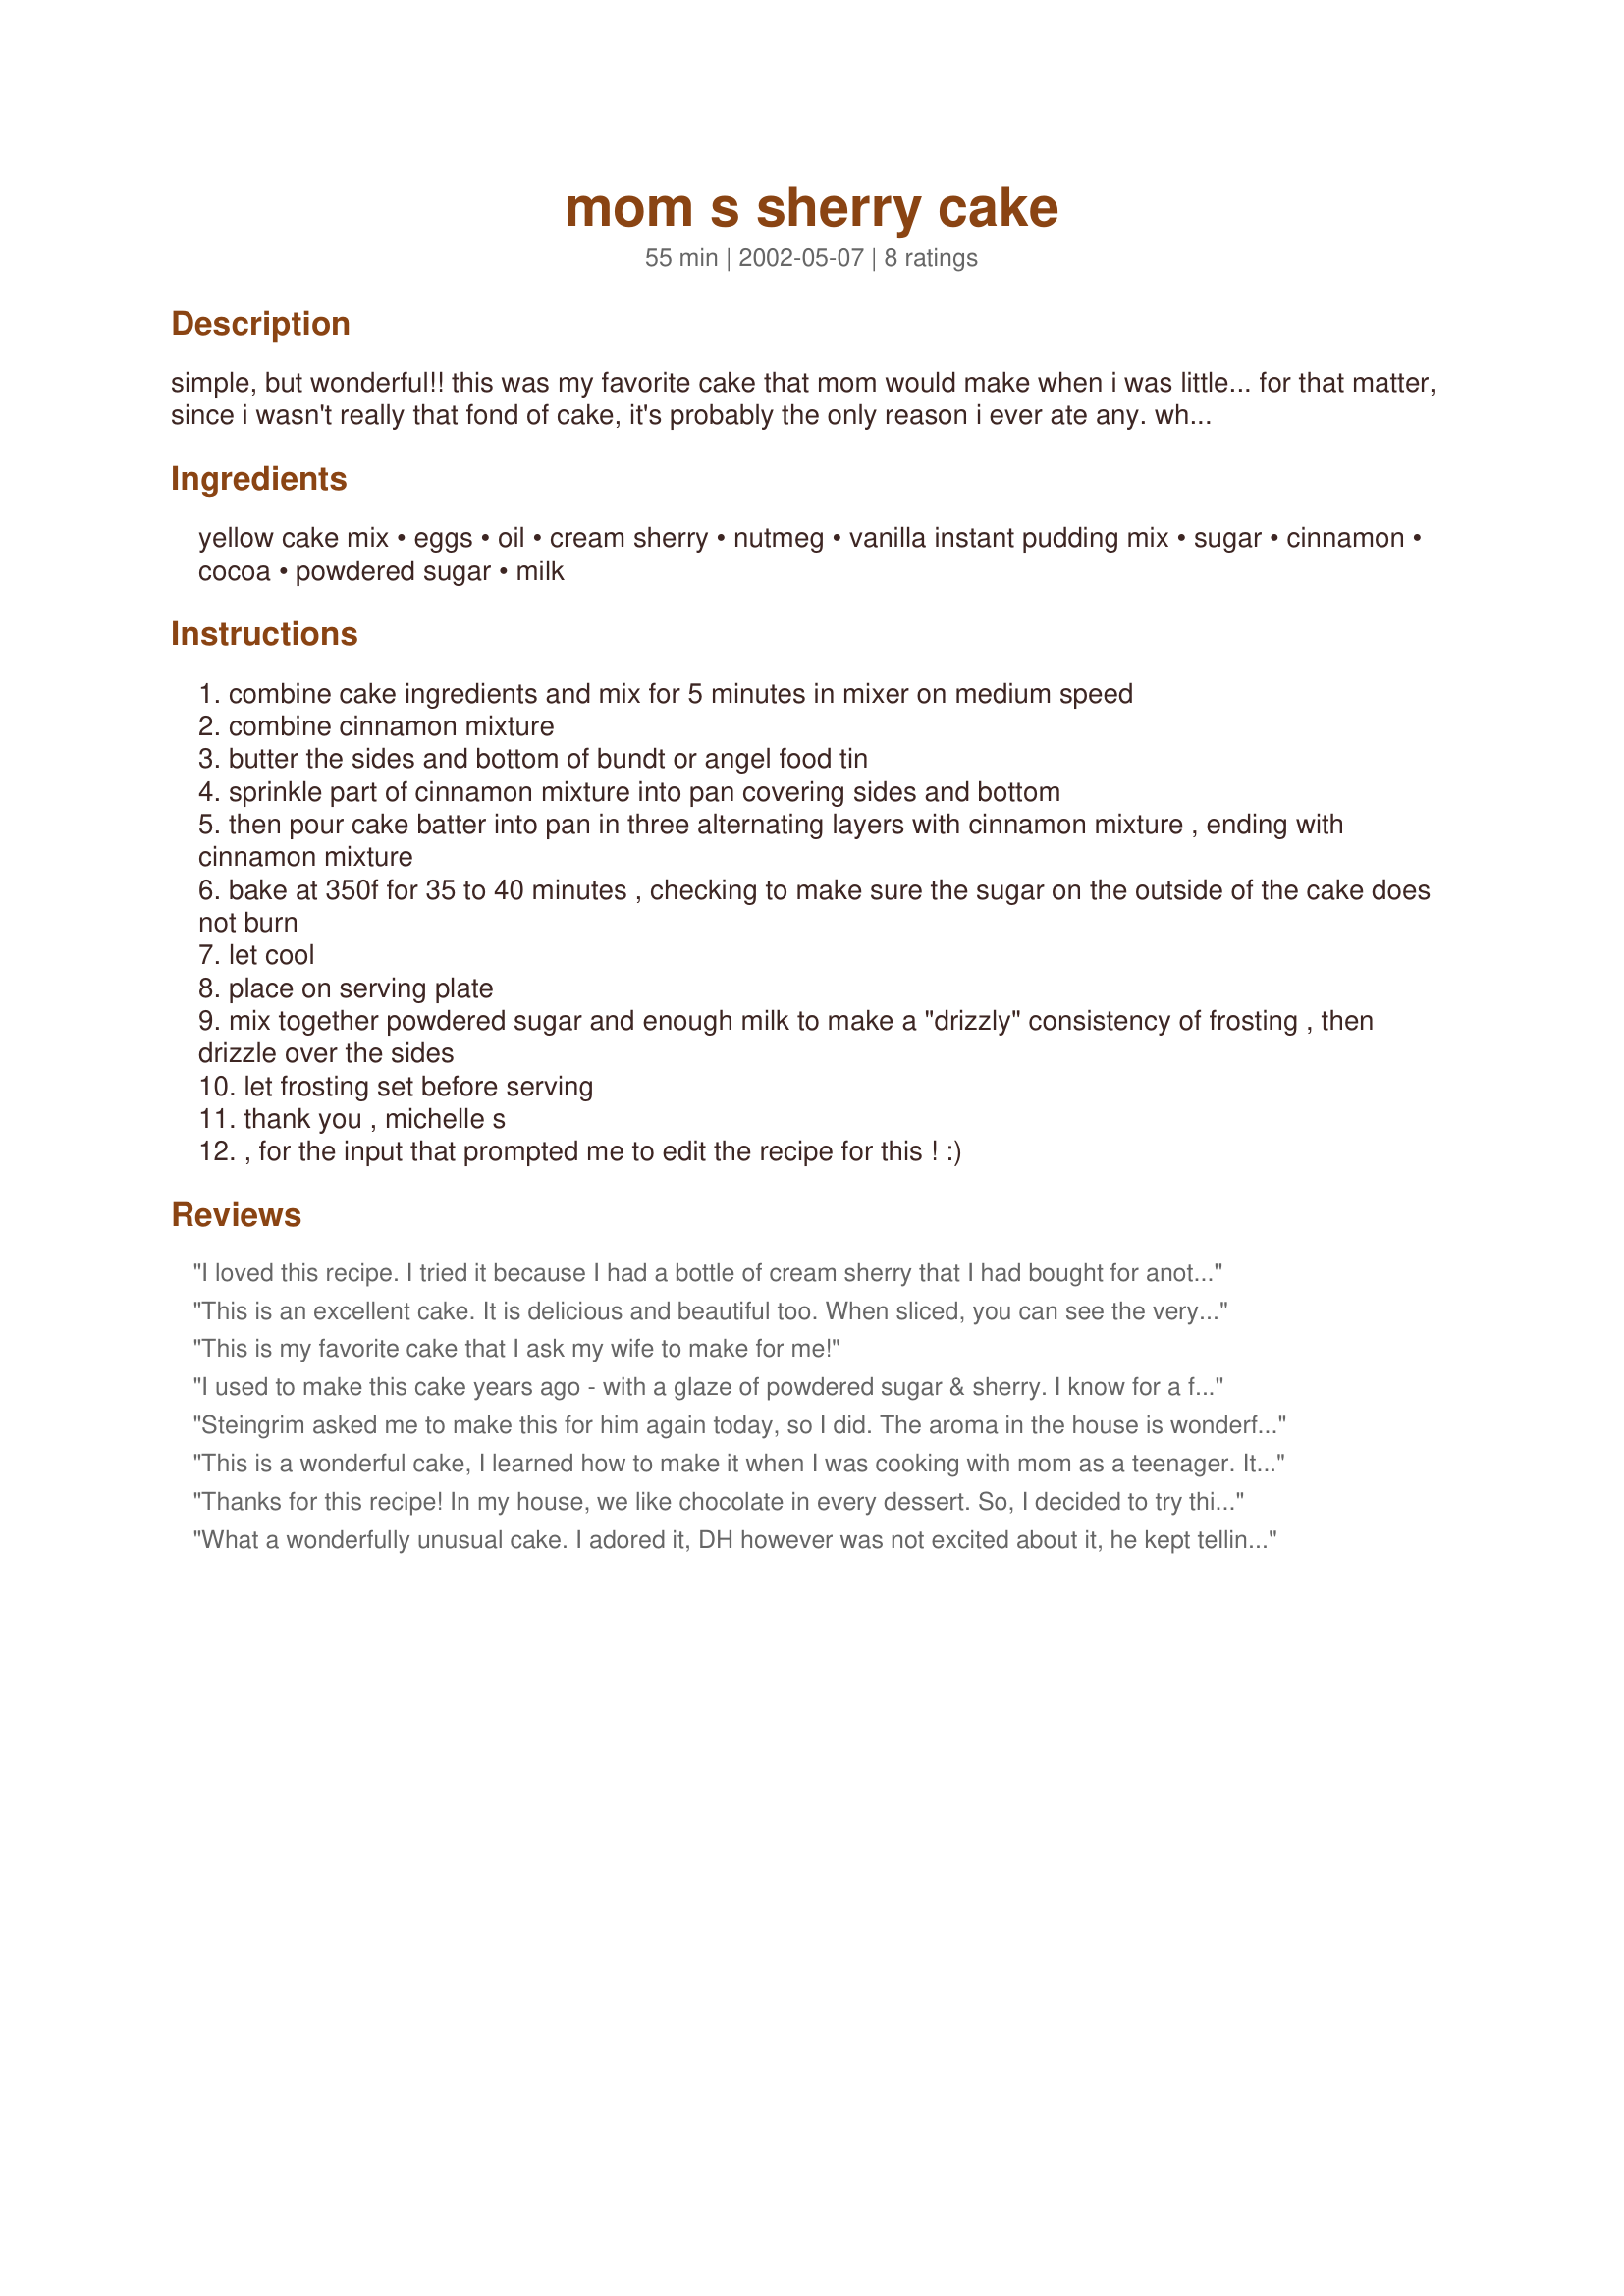
mom s sherry cake
Preparation time: 55 minutes

simple, but wonderful!! this was my favorite cake that mom would make when i was little... for that matter, since i wasn't really that fond of cake, it's probably the only reason i ever ate any. whenever i make this for gatherings, everybody asks for the recipe... and then begs me to make it for the next gathering, too. :)

Ingredients:
yellow cake mix, eggs, oil, cream sherry, nutmeg, vanilla instant pudding mix, sugar, cinnamon, cocoa, powdered sugar, milk

Steps:
combine cake ingredients and mix for 5 minutes in mixer on medium speed
combine cinnamon mixture
butter the sides and bottom of bundt or angel food tin
sprinkle part of cinnamon mixture into pan covering sides and bottom
then pour cake batter into pan in three alternating layers with cinnamon mixture , ending with cinnamon mixture
bake at 350f for 35 to 40 minutes , checking to make sure the sugar on the outside of the cake does not burn
let cool
place on serving plate
mix together powdered sugar and enough milk to make a "drizzly" consistency of frosting , then drizzle over the sides
let frosting set before serving
thank you , michelle s
, for the input that prompted me to edit the recipe for this ! :)

Reviews:
I loved this recipe. I tried it because I had a bottle of cream sherry that I had bought for another recipe. The only change I made was to leave out the cocoa powder after reading the other reviews about burning. I did have to cook it for about 15 to 20 minutes longer than the recipe called for (probably because of the silicon bundt pan I used, but without the cocoa, it did not burn at all, and we did not even miss the cocoa. Everyone raved about the cake.
This is an excellent cake. It is delicious and beautiful too. When sliced, you can see the very lovely ripples of cinnamon-cocoa sugar swirling through the cake. I ate two slices as soon as it cooled enough to handle and everyone in my family loved it as much as I did.
This is my favorite cake that I ask my wife to make for me!
I used to make this cake years ago - with a glaze of powdered sugar & sherry. I know for a fact it is fabulous. In fact - after seeing it here today I'm going to make it again this weekend.
Steingrim asked me to make this for him again today, so I did. The aroma in the house is wonderful!! I took Chris' suggestion and made the drizzle frosting with sherry, too, and it worked quite well. I must say, there's a reason this was my favorite cake when I was growing up. It is SO darn good!!
This is a wonderful cake, I learned how to make it when I was cooking with mom as a teenager. It sounds so good, I&#039;m going to make it in the morning for the family picnic, and use Sheery instead of the milk for the frosting. Yum, Yum..&lt;br/&gt;Cxstitcher
Thanks for this recipe! In my house, we like chocolate in every dessert. So, I decided to try this with a chocolate cake and chocolate pudding. I omitted the cinnamon from the sugar mixture, but next time I would skip the sugar mixture altogether when making the chocolate version. Stirred in about a cup of semisweet chocolate chips and drizzled chocolate ganache on top. It turned out great!
What a wonderfully unusual cake. I adored it, DH however was not excited about it, he kept telling me he thought it tasted burnt. I did not have this problem at all and suspect he didn't care for the cocoa-cinnamon mixture. I will try it again without it and tell him he is eating poundcake! I also used sherry instead of milk in the glaze. A recipe I feel tastes as wonderful as it looks!
